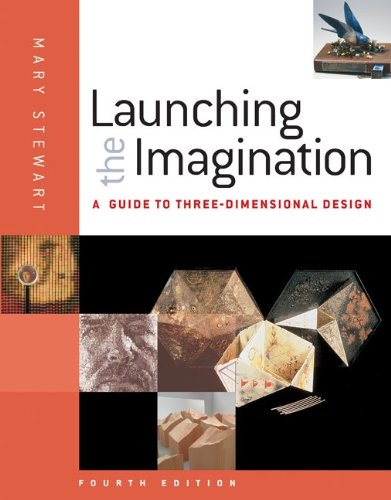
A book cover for Launching the Imagination: A Guide to Three-Dimensional Design; Mary Stewart; Engineering & Transportation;